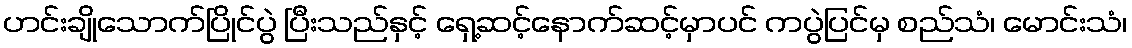
ဟင်းချိုသောက်ပြိုင်ပွဲ ပြီးသည်နှင့် ရှေ့ဆင့်နောက်ဆင့်မှာပင် ကပွဲပြင်မှ စည်သံ၊ မောင်းသံ၊